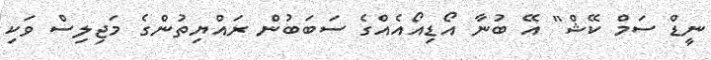
ނީޑް ސަމް ކޭޝް" އޭ ބުނާ އޯޑިއޯއެއްގެ ސަބަބުން ރައްޔިތުންގެ މަޖިލިސް ވަކި